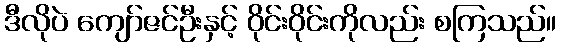
ဒီလိုပဲ ကျော်ဇင်ဦးနှင့် ဝိုင်းဝိုင်းကိုလည်း စကြသည်။